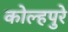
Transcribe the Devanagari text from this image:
कोल्हपुरे